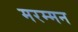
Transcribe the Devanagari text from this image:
मरम्मन